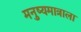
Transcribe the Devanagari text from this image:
मनुष्यमात्राला